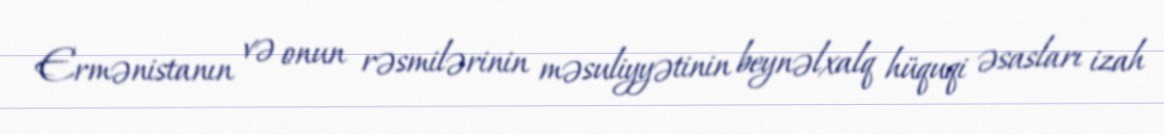
Ermənistanın və onun rəsmilərinin məsuliyyətinin beynəlxalq hüquqi əsasları izah